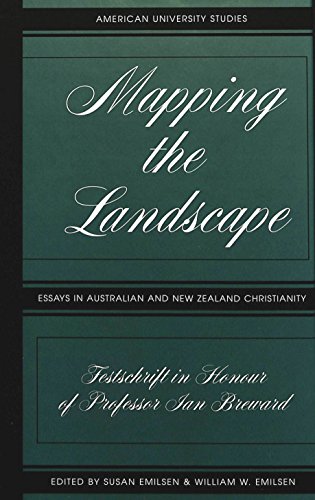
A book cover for Mapping the Landscape: Essays in Australian and New Zealand Christianity--Festschrift in Honour of Professor Ian Breward; History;